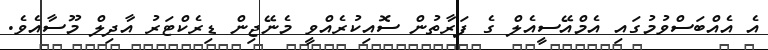
އެ އެއްބަސްވުމުގައި އެމްއޭސީއެލް ގެ ފަރާތުން ސޮއިކުރެއްވީ މެނޭޖިން ޑިރެކްޓަރު އާދިލް މޫސާއެވެ.